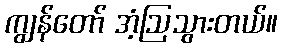
ကျွန်တော် အံ့ဩသွားတယ်။